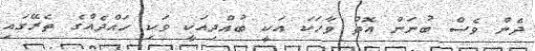
ދެން ވެސް ބުނަން އޮތް ވާހަކަ އަކީ ބުއްދިއަކީ ވަކި ހައްދެއްގެ ތެރޭގައި